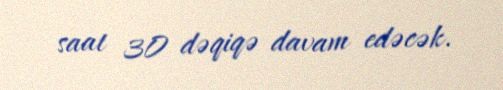
saat 30 dəqiqə davam edəcək.